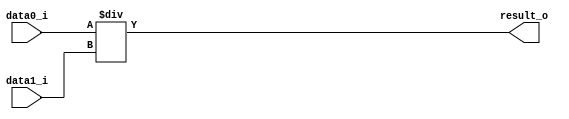
module divisor_top(
     input [7:0] data0_i,
     input [7:0] data1_i,
     output [7:0] result_o
 );

 assign result_o = data0_i / data1_i;
 
 endmodule